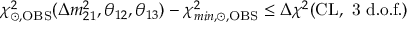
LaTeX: \chi _ { \odot , \mathrm { O B S } } ^ { 2 } ( \Delta m _ { 2 1 } ^ { 2 } , \theta _ { 1 2 } , \theta _ { 1 3 } ) - \chi _ { m i n , \odot , \mathrm { O B S } } ^ { 2 } \leq \Delta \chi ^ { 2 } \mathrm { ( C L , ~ 3 ~ d . o . f . ) }